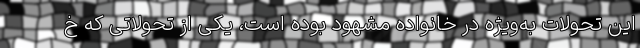
این تحولات به‌ویژه در خانواده مشهود بوده است، یکی از تحولاتی که خ